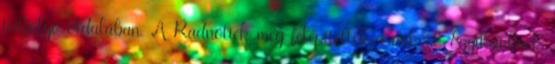
túlfolyó oldalában. A Radnótiék meg felépítették a mikvét. Egyikünknek